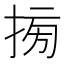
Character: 𢮔